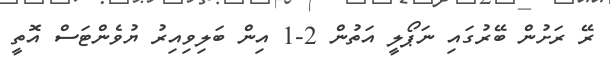
ރޭ ރަށުން ބޭރުގައި ނަޕޯލީ އަތުން 2-1 އިން ބަލިވިއިރު ޔުވެންޓަސް އޮތީ